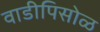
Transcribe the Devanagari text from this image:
वाडीपिसोळ